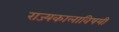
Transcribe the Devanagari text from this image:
राज्यकालाविषयी